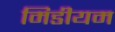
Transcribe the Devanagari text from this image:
मिडीयम